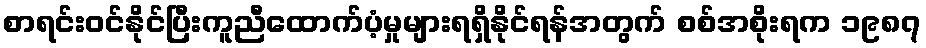
စာရင်းဝင်နိုင်ပြီးကူညီထောက်ပံ့မှုများရရှိနိုင်ရန်အတွက် စစ်အစိုးရက ၁၉၈၇